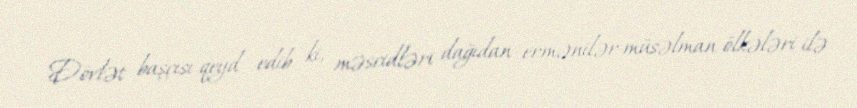
Dövlət başçısı qeyd edib ki, məscidləri dağıdan ermənilər müsəlman ölkələri ilə